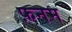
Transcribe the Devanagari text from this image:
फ़नम